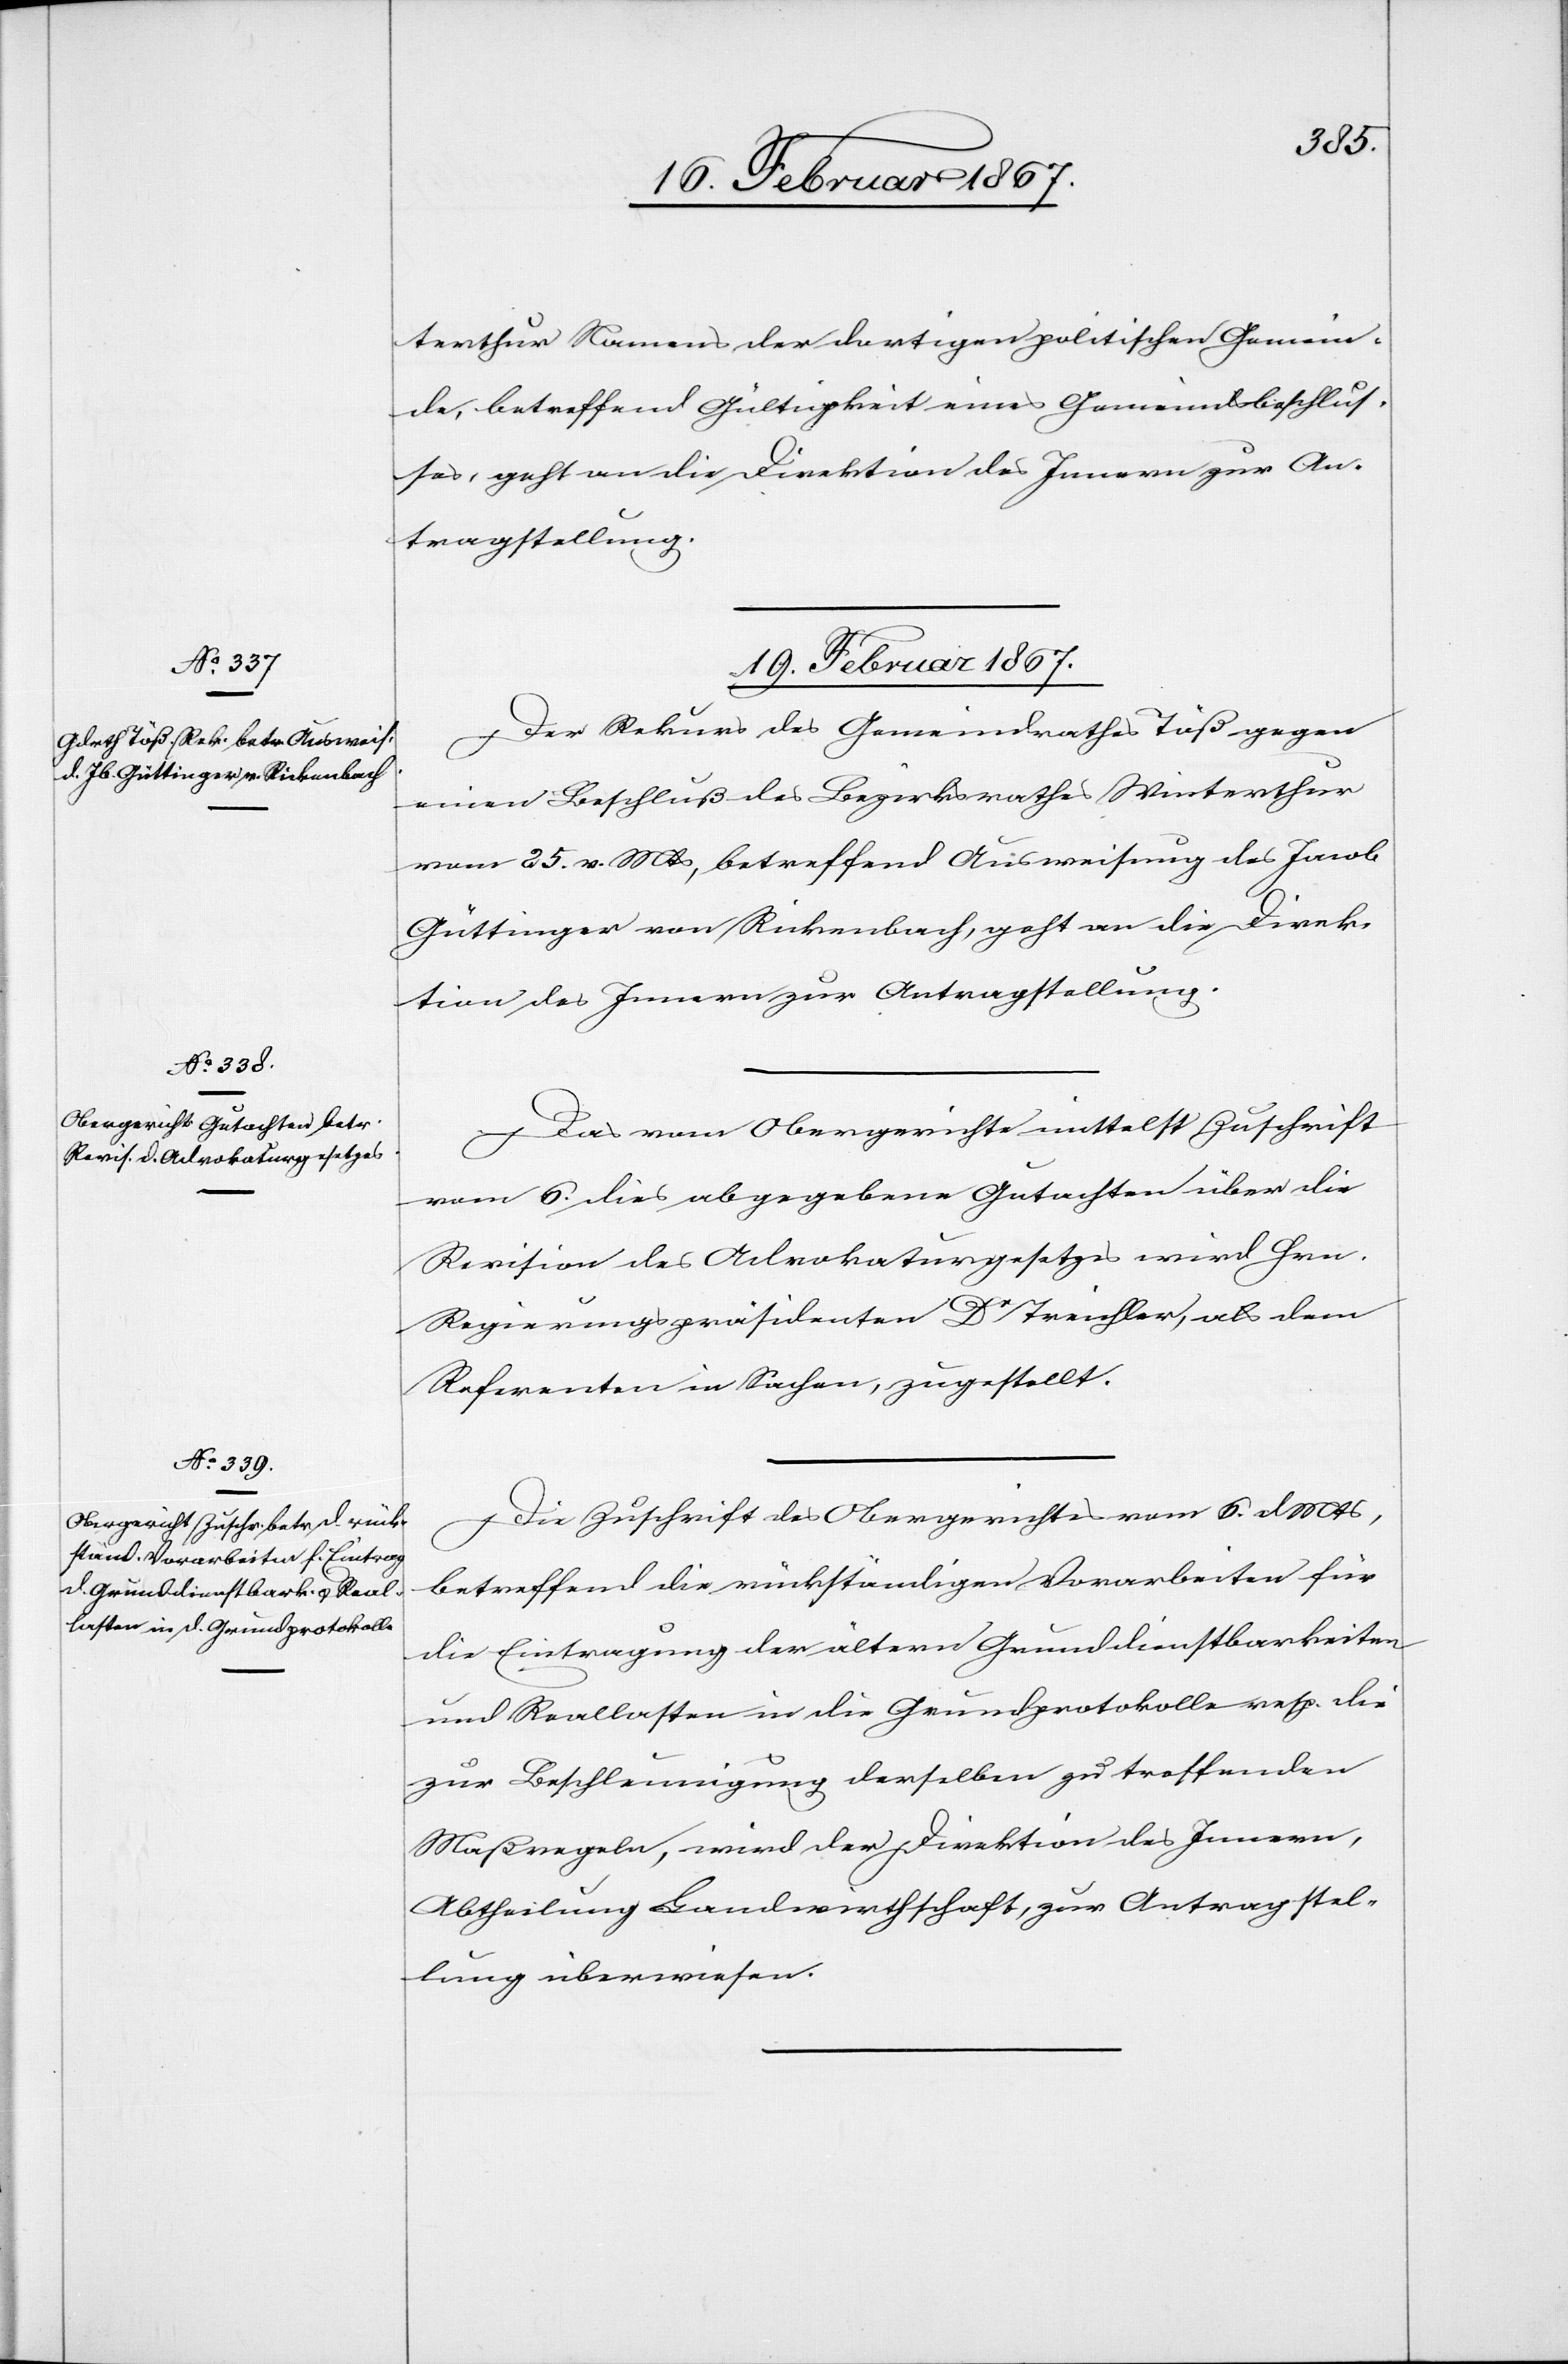
terthur Namens der dortigen politischen Gemein¬
de, betreffend Gültigkeit eines Gemeindsbeschlus¬
ses, geht an die Direktion des Innern zur An¬
tragstellung.
19. Februar 1867.]
Der Rekurs des Gemeindrathes Töß gegen
einen Beschluß des Bezirksrathes Winterthur
vom 25. v. Mts, betreffend Ausweisung des Jacob
Güttinger von Rickenbach, geht an die Direk¬
tion des Innern zur Antragstellung.
Das vom Obergerichte mittelst Zuschrift
vom 6. dies abgegebene Gutachten über die
Revision des Advokaturgesetzes wird Hrn.
Regierungspräsidenten Dr Treichler, als dem
Referenten in Sachen, zugestellt.
Die Zuschrift des Obergerichtes vom 6. d. Mts,
betreffend die rückständigen Vorarbeiten für
die Eintragung der ältern Grunddienstbarkeiten
und Reallasten in die Grundprotokolle resp. die
zur Beschleunigung derselben zu treffenden
Maßregeln, wird der Direktion des Innern,
Abtheilung Landwirthschaft, zur Antragstel¬
lung überwiesen.